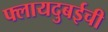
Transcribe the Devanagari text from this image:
फ्लायदुबईची